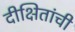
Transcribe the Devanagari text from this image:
दीक्षितांची